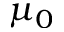
\mu _ { 0 }